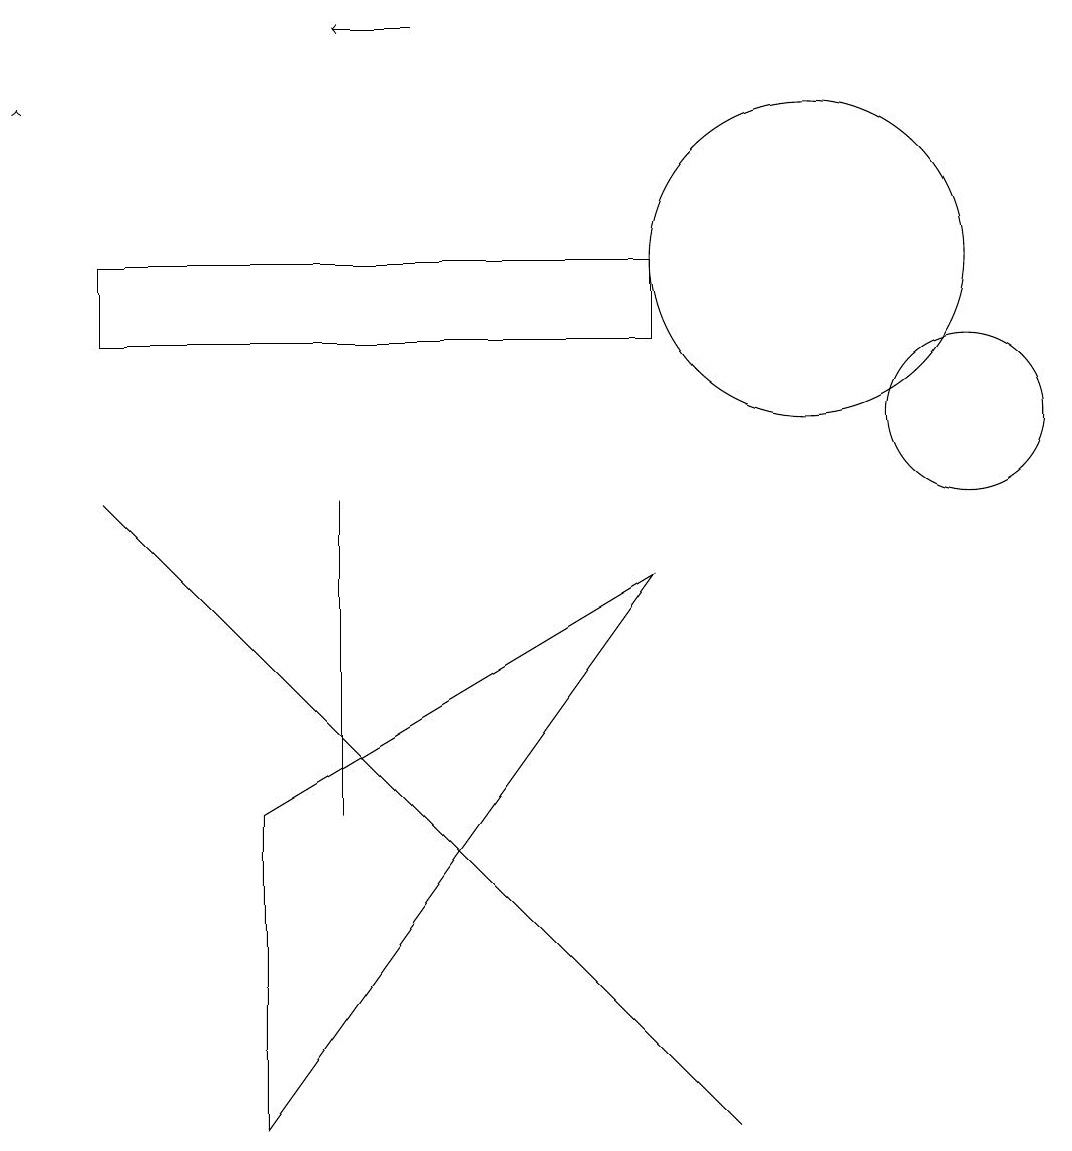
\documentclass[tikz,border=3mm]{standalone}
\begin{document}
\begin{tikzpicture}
\draw (8,12) rectangle (1,11);
\draw[->] (5,15) -- (4,15);
\draw[->] (0,14) -- (0,14);
\draw (4,9) -- (4,5) -- (4,7) -- cycle;
\draw (12,10) circle (1);
\draw (3,1) -- (3,5) -- (8,8) -- cycle;
\draw (9,1) -- (1,9) -- (5,5) -- cycle;
\draw (10,12) circle (2);
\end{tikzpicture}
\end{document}